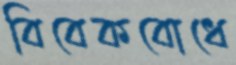
বিবেকবোধে